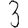
Digit: 3